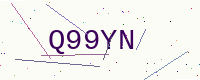
Text: Q99YN